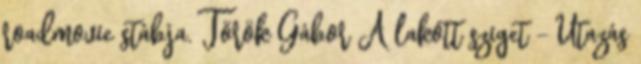
roadmovie stábja. Török Gábor A lakott sziget - Utazás